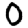
Digit: 0